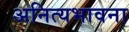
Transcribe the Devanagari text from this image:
अनित्यभावना